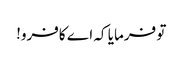
تو فرمایا کہ اے کافرو!